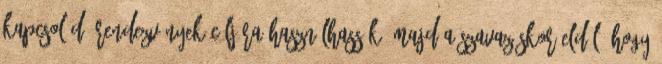
kapcsolódó rendezvények céljára használhassák. Majd a szavazáskor eldől, hogy